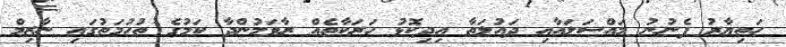
ހަތިޔާރު ފެނުނު މައްސަލައާއި ދައުލަތާ އިދިކޮޅު ހަރަކާތެއް ރާވަމުންދާ ކަމުގެ ތުހުމަތުގައި ނާޒިމް